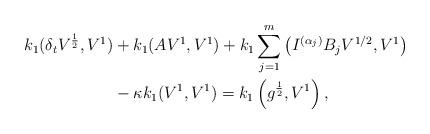
LaTeX: \begin{align*} k_1(\delta_tV^{\frac{1}{2}}, V^{1}) & + k_1 (AV^{1}, V^{1}) + k_1 \sum\limits_{j=1}^{m} \left(I^{(\alpha_j)}B_jV^{1/2}, V^{1}\right) \\ & - \kappa k_1 (V^1,V^{1}) = k_1\left(g^{\frac{1}{2}},V^{1}\right), \end{align*}